Treatise on elephants
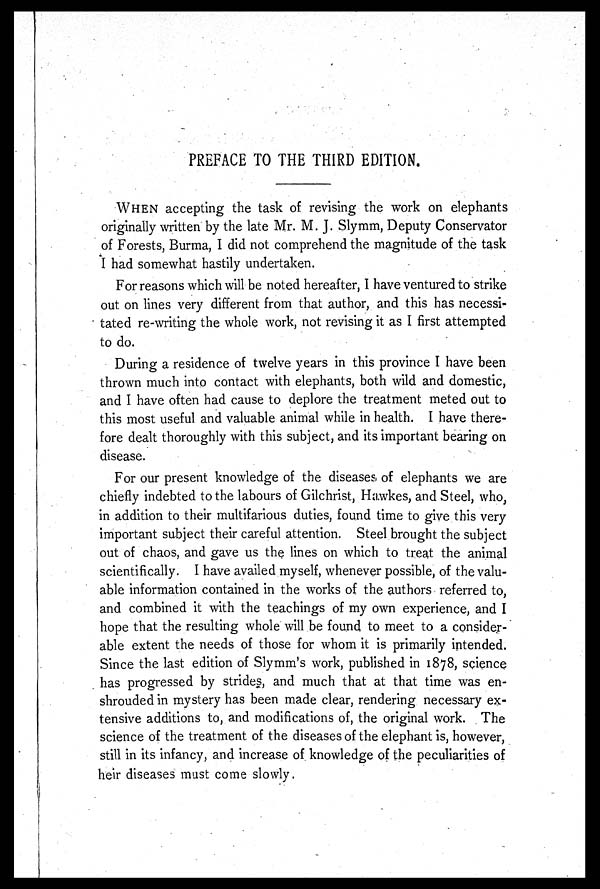
PREFACE TO THE THIRD EDITION.
WHEN accepting the task of revising the work on elephants
originally written by the late Mr. M. J. Slymm, Deputy Conservator
of Forests, Burma, I did not comprehend the magnitude of the task
I had somewhat hastily undertaken.
For reasons which will be noted hereafter, I have ventured to strike
out on lines very different from that author, and this has necessi-
tated re-writing the whole work, not revising it as I first attempted
to do.
During a residence of twelve years in this province I have been
thrown much into contact with elephants, both wild and domestic,
and I have often had cause to deplore the treatment meted out to
this most useful and valuable animal while in health. I have there-
fore dealt thoroughly with this subject, and its important bearing on
disease.
For our present knowledge of the diseases, of elephants we are
chiefly indebted to the labours of Gilchrist, Hawkes, and Steel, who,
in addition to their multifarious duties, found time to give this very
important subject their careful attention. Steel brought the subject
out of chaos, and gave us the lines on which to treat the animal
scientifically. I have availed myself, whenever possible, of the valu-
able information contained in the works of the authors referred to,
and combined it with the teachings of my own experience, and I
hope that the resulting whole will be found to meet to a consider-
able extent the needs of those for whom it is primarily intended.
Since the last edition of Slymm's work, published in 1878, science
has progressed by strides, and much that at that time was en-
shrouded in mystery has been made clear, rendering necessary ex-
tensive additions to, and modifications of, the original work. The
science of the treatment of the diseases of the elephant is, however,
still in its infancy, and increase of knowledge of the peculiarities of
heir diseases must come slowly.